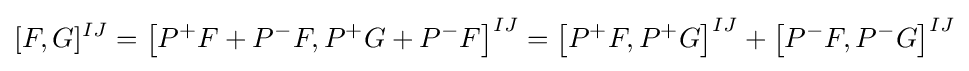
[F,G]^{IJ}=\left[P^{+}F+P^{-}F,P^{+}G+P^{-}F\right]^{IJ}=\left[P^{+}F,P^{+}G\right]^{IJ}+\left[P^{-}F,P^{-}G\right]^{IJ}